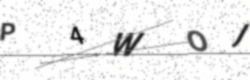
Text: P4WOJ